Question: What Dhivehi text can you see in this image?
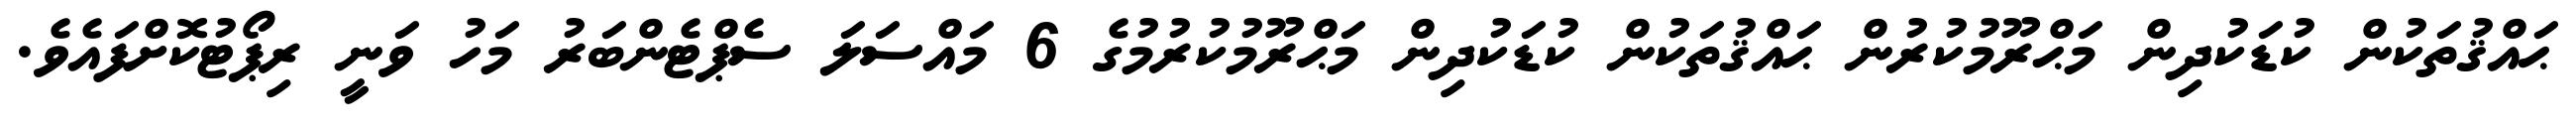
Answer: ޙައްޤުތަކުން ކުޑަކުދިން މަޙްރޫމުކުރުން ޙައްޤުތަކުން ކުޑަކުދިން މަޙްރޫމުކުރުމުގެ 6 މައްސަލަ ސެޕްޓެންބަރު މަހު ވަނީ ރިޕޯޓުކޮށްފައެވެ.